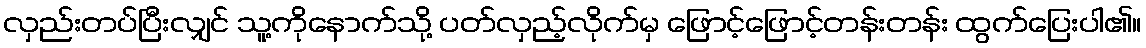
လှည်းတပ်ပြီးလျှင် သူ့ကိုနောက်သို့ ပတ်လှည့်လိုက်မှ ဖြောင့်ဖြောင့်တန်းတန်း ထွက်ပြေးပါ၏။